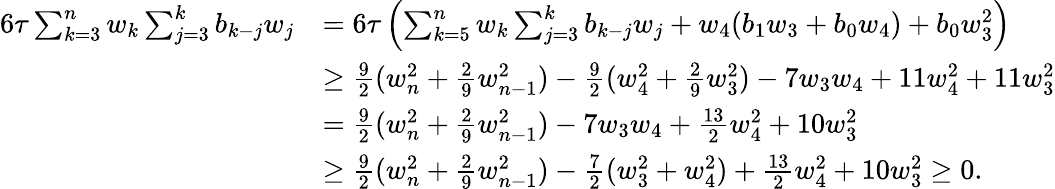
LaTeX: \begin{array}{rl}{6\tau\sum_{k=3}^{n}w_{k}\sum_{j=3}^{k}b_{k-j}w_{j}}&{=6\tau\left(\sum_{k=5}^{n}w_{k}\sum_{j=3}^{k}b_{k-j}w_{j}+w_{4}(b_{1}w_{3}+b_{0}w_{4})+b_{0}w_{3}^{2}\right)}\\ &{\ge\frac{9}{2}(w_{n}^{2}+\frac{2}{9}w_{n-1}^{2})-\frac{9}{2}(w_{4}^{2}+\frac{2}{9}w_{3}^{2})-7w_{3}w_{4}+11w_{4}^{2}+11w_{3}^{2}}\\ &{=\frac{9}{2}(w_{n}^{2}+\frac{2}{9}w_{n-1}^{2})-7w_{3}w_{4}+\frac{13}{2}w_{4}^{2}+10w_{3}^{2}}\\ &{\ge\frac{9}{2}(w_{n}^{2}+\frac{2}{9}w_{n-1}^{2})-\frac{7}{2}(w_{3}^{2}+w_{4}^{2})+\frac{13}{2}w_{4}^{2}+10w_{3}^{2}\ge 0.}\end{array}